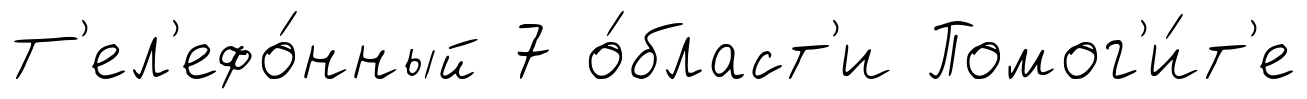
Т'ел'ефо́нный 7 о́бласт'и Помог'и́т'е